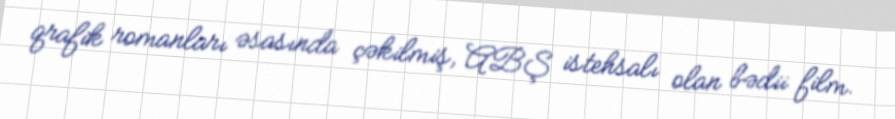
qrafik romanları əsasında çəkilmiş, ABŞ istehsalı olan bədii film.